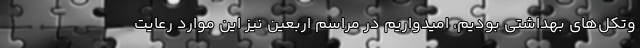
وتکل‌های بهداشتی بودیم، امیدواریم در مراسم اربعین نیز این موارد رعایت